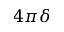
4 \pi \delta